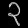
Digit: ၃